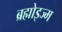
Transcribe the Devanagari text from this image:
ब्रह्मोइज्म